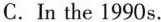
C. In the 1990 s.